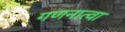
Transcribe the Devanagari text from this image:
गणनात्वा